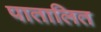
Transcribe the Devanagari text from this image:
पातालित